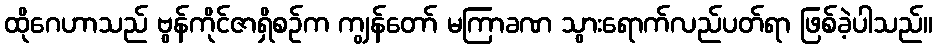
ထိုဂေဟာသည် ဗွန်ကိုင်ဇာရှိစဉ်က ကျွန်တော် မကြာခဏ သွားရောက်လည်ပတ်ရာ ဖြစ်ခဲ့ပါသည်။